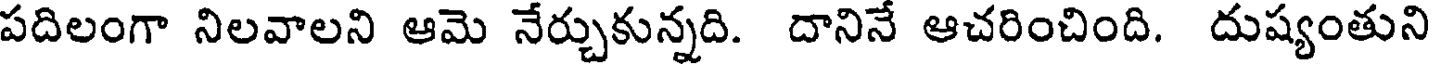
పదిలంగా నిలవాలని ఆమె నేర్చుకున్నది. దానినే ఆచరించింది. దుష్యంతుని